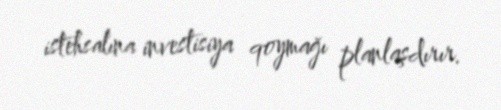
istehsalına investisiya qoymağı planlaşdırır.